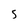
Character: 5